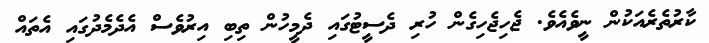
ކާރުތެރެއަކުން ނީވެއެވެ. ޖެހިޖެހިގެން ހުރި ދެސީޓުގައި ދެމީހުން ތިބި އިރުވެސް އެދެމެދުގައި އެތައް